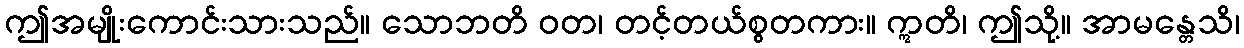
ဤအမျိုးကောင်းသားသည်။ သောဘတိ ဝတ၊ တင့်တယ်စွတကား။ ဣတိ၊ ဤသို့။ အာမန္တေသိ၊